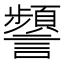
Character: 𧭹